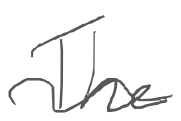
Text: The
Cross-out: wave
Writing tool: digital_gray